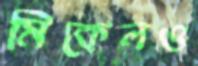
মিকেলও